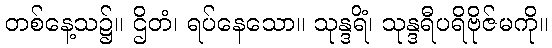
တစ်နေ့သ၌။ ဌိတံ၊ ရပ်နေသော။ သုန္ဒရိံ၊ သုန္ဒရီပရိဗိုဇ်မကို။